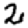
Digit: 2